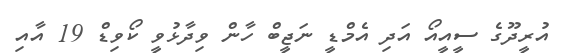
އުރީދޫގެ ސީއީއޯ އަދި އެމްޑީ ނަޖީބް ހާން ވިދާޅުވީ ކޯވިޑް 19 އާއި